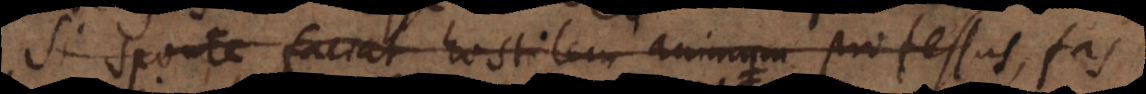
Si sponte faciat hostilem animum professus, fas